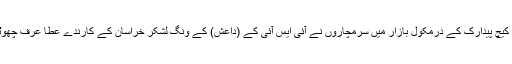
6 نومبر اتوار کے روز ضلع کیچ پیدارک کے درمکول بازار میں سرمچاروں نے آئی ایس آئی کے (داعش) کے وِنگ لشکر خراسان کے کارندے عطا عرف چھوٹو پر حملہ کرکے زخمی کیا۔